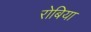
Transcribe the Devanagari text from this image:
रोबिया